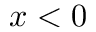
x < 0